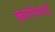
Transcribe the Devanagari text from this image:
कर्सनभाई